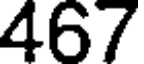
467